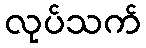
လုပ်သက်